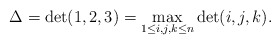
\begin{align*}\Delta=\det(1,2,3)=\max_{1\le i,j,k \le n} \det(i,j,k).\end{align*}